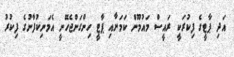
އަދި ޕާޓީގެ ފިކުރަކީ ރައީސް މައުމޫން ކަމަށާއި ޕާޓީ ހިންގަންޖެހޭނީ އެމަނިކުފާނުގެ ފިކުރު